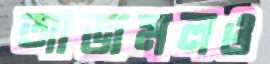
আজমলও